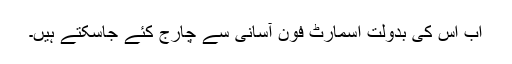
اب اس کی بدولت اسمارٹ فون آسانی سے چارج کئے جاسکتے ہیں۔